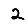
Digit: 2